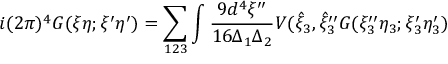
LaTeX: i ( 2 \pi ) ^ { 4 } G ( \xi \eta ; \xi ^ { \prime } \eta ^ { \prime } ) = \sum _ { 1 2 3 } \int \frac { 9 d ^ { 4 } \xi ^ { \prime \prime } } { 1 6 \Delta _ { 1 } \Delta _ { 2 } } V ( { \hat { \xi } } _ { 3 } , { \hat { \xi } } _ { 3 } ^ { \prime \prime } G ( \xi _ { 3 } ^ { \prime \prime } \eta _ { 3 } ; \xi _ { 3 } ^ { \prime } \eta _ { 3 } ^ { \prime } )